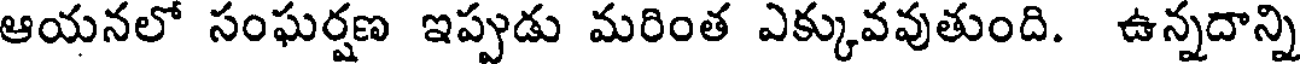
ఆయనలో సంఘర్షణ ఇప్పుడు మరింత ఎక్కువవుతుంది. ఉన్నదాన్ని